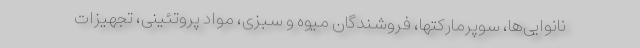
نانوایی‌ها، سوپرمارکتها، فروشندگان میوه و سبزی، مواد پروتئینی، تجهیزات